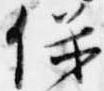
保